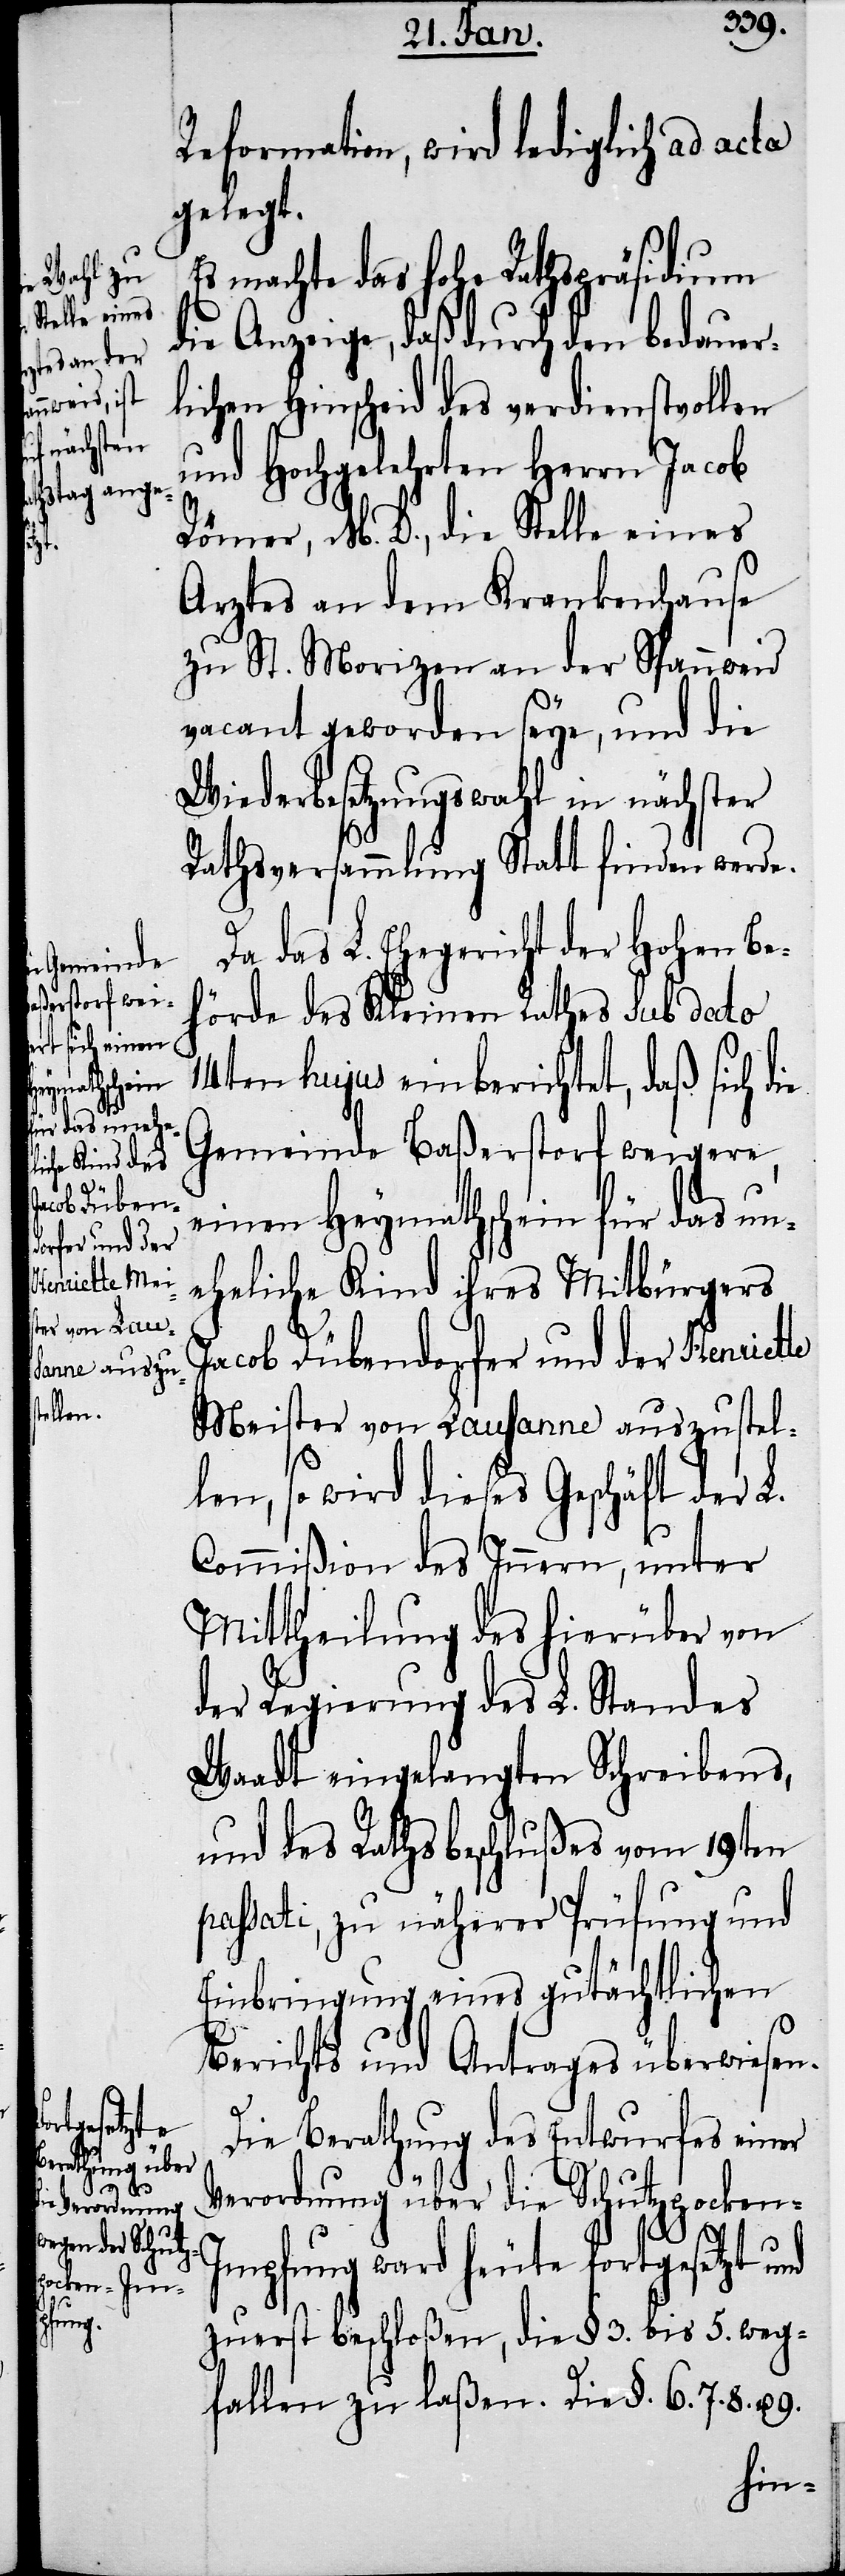
te

Reformation, wird lediglich ad acta
gelegt.
Es machte das hohe Rathspräsidium
die Anzeige, daß durch den bedauer¬
lichen Hinscheid des verdienstvollen
und Hochgelehrten Herrn Jacob
Römer, M. D., die Stelle eines
Arztes an dem Krankenhause
zu St. Morizen an der Spannweid
vacant geworden seye, und die
Wiederbesetzungswahl in nächster
9.
Rathsversammlung Statt finden werde.
Da das L. Ehegericht der Hohen Be¬
hörde des Kleinen Rathes sub dato
14ten hujus einberichtet, daß sich
Gemeinde Baßerstorf weigere,
einen Heymathschein für das un¬
eheliche Kind ihres Mitbürgers
Jacob Dübendorfer und der Henriet¬
Meister von Lausanne auszustel¬
len, so wird dieses Geschäft der L.
Commißion des Innern, unter
Mittheilung des hierüber von
der Regierung des L. Standes
Waadt eingelangten Schreibens,
und des Rathsbeschlußes vom 19ten
passati, zu näherer Prüfung und
Einbringung eines gutächtlichen
Berichts und Antrages überwiesen.
Die Berathung des Entwurfes einer
Verordnung über die Schutzpocke¬
mpfung ward heute fortgesetzt und
zuerst beschloßen, die §. 3. bis 5. weg¬
fallen zu laßen. Die §. 6. 7. 8.